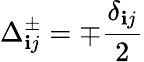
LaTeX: \Delta_{\mathbf{i}j}^{\pm}=\mp\frac{{\delta_{\mathbf{i}j}}}{{2}}